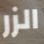
الزر